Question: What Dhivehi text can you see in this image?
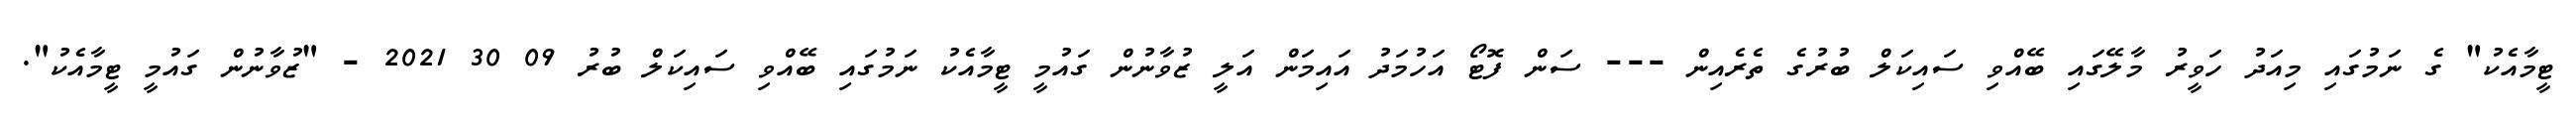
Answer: ޓީމާއެކު" ގެ ނަމުގައި މިއަދު ހަވީރު މާލޭގައި ބޭއްވި ސައިކަލް ބުރުގެ ތެރެއިން --- ސަން ފޮޓޯ އަހުމަދު އައިމަން އަލީ ޒުވާނުން ގައުމީ ޓީމާއެކު ނަމުގައި ބޭއްވި ސައިކަލް ބުރު 09 30 2021 - "ޒުވާނުން ގައުމީ ޓީމާއެކު".